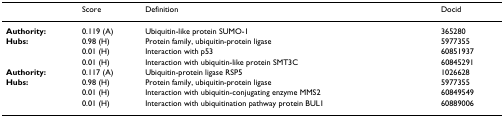
<table><thead><tr><td></td><td><b>Score</b></td><td><b>Definition</b></td><td><b>Docid</b></td></tr></thead><tbody><tr><td><b>Authority:</b></td><td>0.119 (A)</td><td>Ubiquitin-like protein SUMO-1</td><td>365280</td></tr><tr><td><b>Hubs:</b></td><td>0.98 (H)</td><td>Protein family, ubiquitin-protein ligase</td><td>5977355</td></tr><tr><td></td><td>0.01 (H)</td><td>Interaction with p53</td><td>60851937</td></tr><tr><td></td><td>0.01 (H)</td><td>Interaction with ubiquitin-like protein SMT3C</td><td>60845291</td></tr><tr><td><b>Authority:</b></td><td>0.117 (A)</td><td>Ubiquitin-protein ligase RSP5</td><td>1026628</td></tr><tr><td><b>Hubs:</b></td><td>0.98 (H)</td><td>Protein family, ubiquitin-protein ligase</td><td>5977355</td></tr><tr><td></td><td>0.01 (H)</td><td>Interaction with ubiquitin-conjugating enzyme MMS2</td><td>60849549</td></tr><tr><td></td><td>0.01 (H)</td><td>Interaction with ubiquitination pathway protein BUL1</td><td>60889006</td></tr></tbody></table>